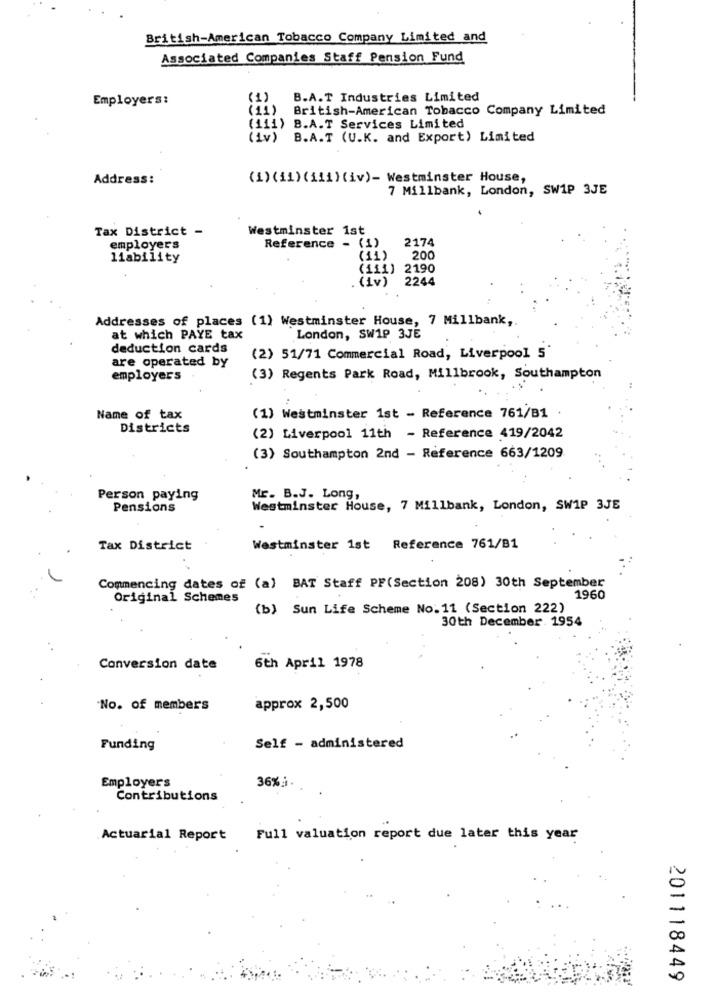
British-American Tobacco Company Limited and
Associated Companies Staff Pension Fund
Employers:
(1)
B.A.T Industries Limited
British-American Tobacco Company Limited
(111) B.A.T Services Limited
(Iv)
B.A.T (U.K. and Export) Limited
Address:
(1) (11) (iii) (iv)- Westminster House,
7 Millbank, London, SW1P 3JE
Tax District -
Westminster 1st
Reference - (1)
2174
employers
liability
(11)
200
(111)
2190
(iv)
2244
Addresses of places (1) Westminster House, 7 Millbank ,.
at which PAYE tax
London, SW1P 3JE
deduction cards
are operated by
(2) 51/71 Commercial Road, Liverpool 5'
employers
(3) Regents Park Road, Millbrook, Southampton
Name of tax
(1) Westminster 1st - Reference 761/B1
Districts
(2) Liverpool 11th - Reference 419/2042
(3) Southampton 2nd - Reference 663/1209
Person paying
Mr. B.J. Long,
Pensions
Westminster House, 7 Millbank, London, SW1P 3JE
Tax District
Westminster 1st Reference 761/B1
Commencing dates of (a) BAT Staff PF(Section 208) 30th September
Original Schemes
1960
(b) Sun Life Scheme No. 11 (Section 222)
30th December. 1954
Conversion date
6th April 1978
No. of members
approx 2,500
Funding
Self - administered
Employers
36% .. .
Contributions
Actuarial Report
Full valuation report due later this year
201118449